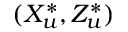
( X _ { u } ^ { * } , Z _ { u } ^ { * } )